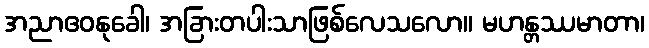
အညာဧဝနုခေါ၊ အခြားတပါးသာဖြစ်လေသလော။ မဟန္တဿမာတာ၊